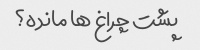
پشت چراغ ها مانده؟